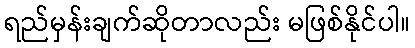
ရည်မှန်းချက်ဆိုတာလည်း မဖြစ်နိုင်ပါ။